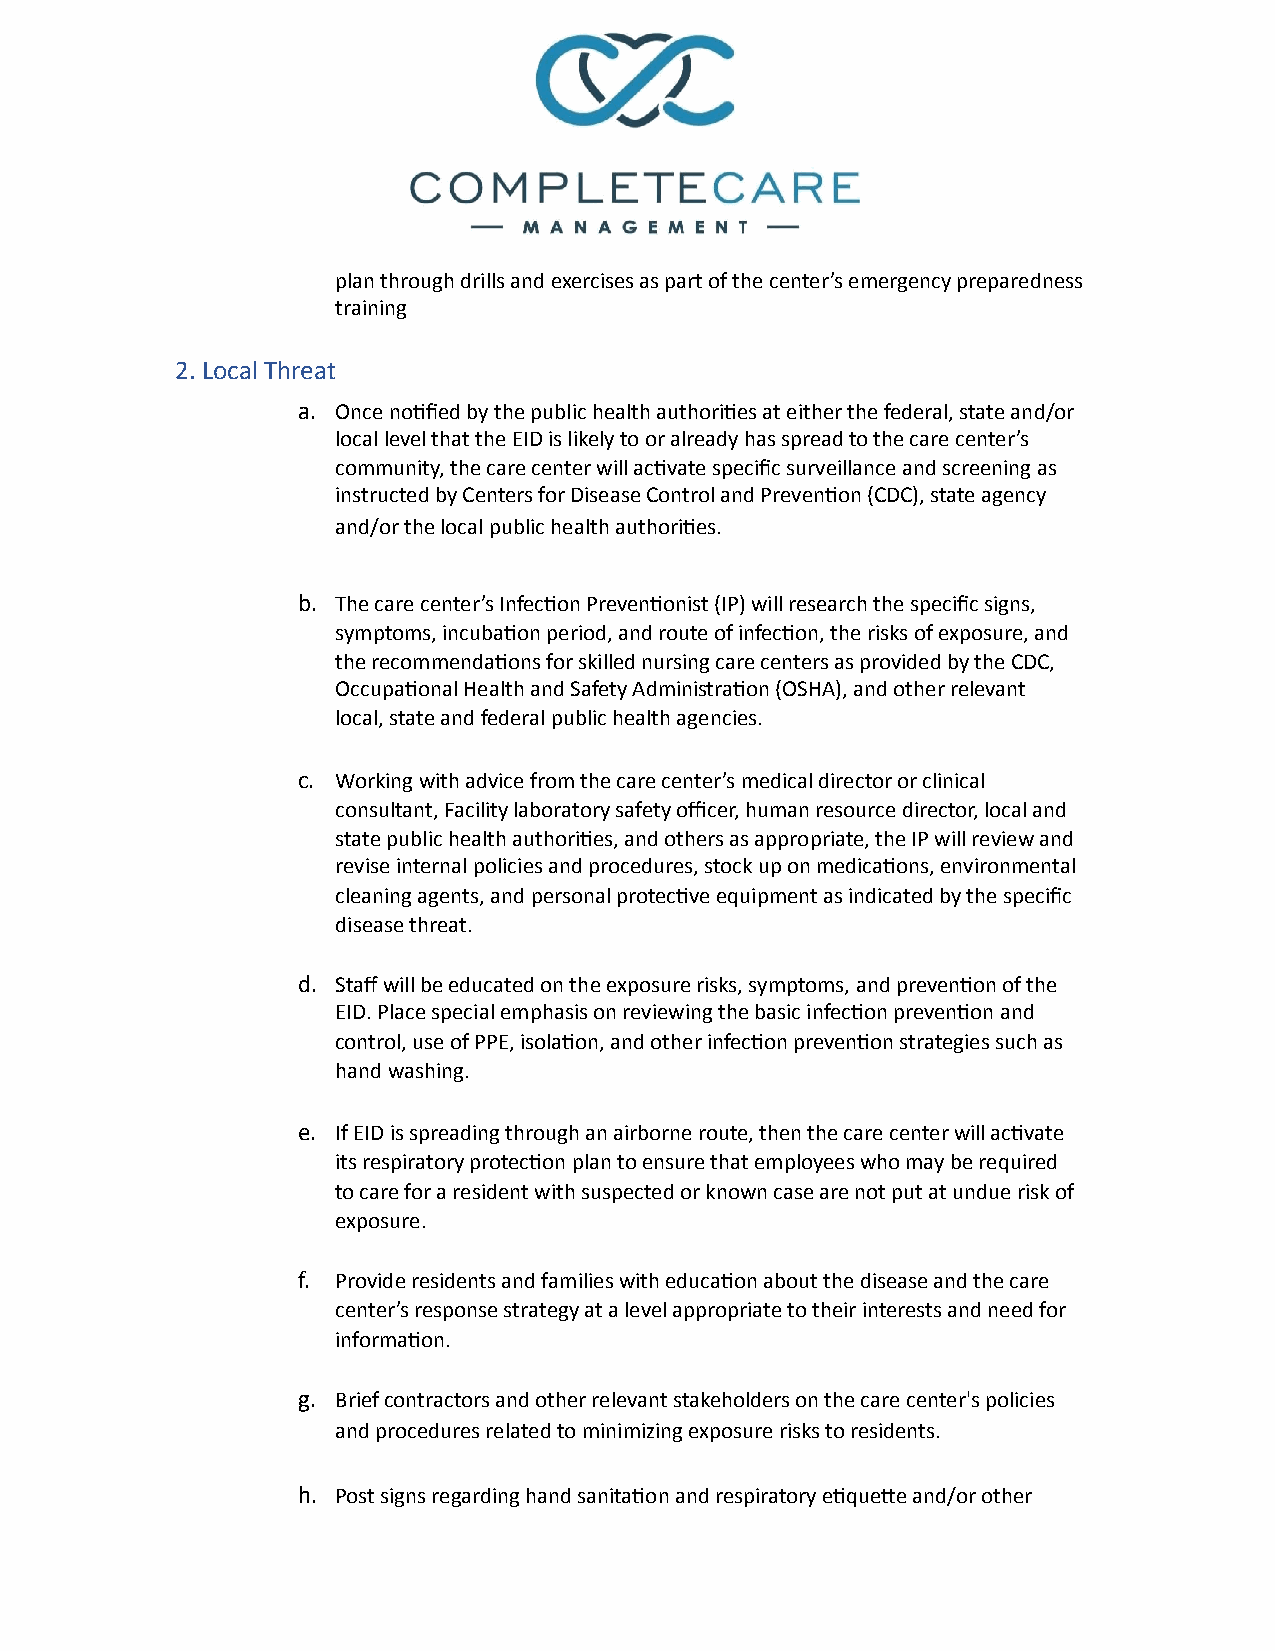
plan through drills and exercises as part of the center’s emergency preparedness
 training
 2. Local Threat
 a. Once no1fied by the public health authori1es at either the federal, state and/or
 local level that the EID is likely to or already has spread to the care center’s
 community, the care center will ac1vate specific surveillance and screening as
 instructed by Centers for Disease Control and Preven1on (CDC), state agency
 and/or the local public health authori1es.
 b. The care center’s Infec1on Preven1onist (IP) will research the specific signs,
 symptoms, incuba1on period, and route of infec1on, the risks of exposure, and
 the recommenda1ons for skilled nursing care centers as provided by the CDC,
 Occupa1onal Health and Safety Administra1on (OSHA), and other relevant
 local, state and federal public health agencies.
 c. Working with advice from the care center’s medical director or clinical
 consultant, Facility laboratory safety officer, human resource director, local and
 state public health authori1es, and others as appropriate, the IP will review and
 revise internal policies and procedures, stock up on medica1ons, environmental
 cleaning agents, and personal protec1ve equipment as indicated by the specific
 disease threat.
 d. Staff will be educated on the exposure risks, symptoms, and preven1on of the
 EID. Place special emphasis on reviewing the basic infec1on preven1on and
 control, use of PPE, isola1on, and other infec1on preven1on strategies such as
 hand washing.
 e. If EID is spreading through an airborne route, then the care center will ac1vate
 its respiratory protec1on plan to ensure that employees who may be required
 to care for a resident with suspected or known case are not put at undue risk of
 exposure.
 f. Provide residents and families with educa1on about the disease and the care
 center’s response strategy at a level appropriate to their interests and need for
 informa1on.
 g. Brief contractors and other relevant stakeholders on the care center's policies
 and procedures related to minimizing exposure risks to residents.
 h. Post signs regarding hand sanita1on and respiratory e1quebe and/or other